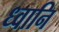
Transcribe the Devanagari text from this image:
ध्वानि